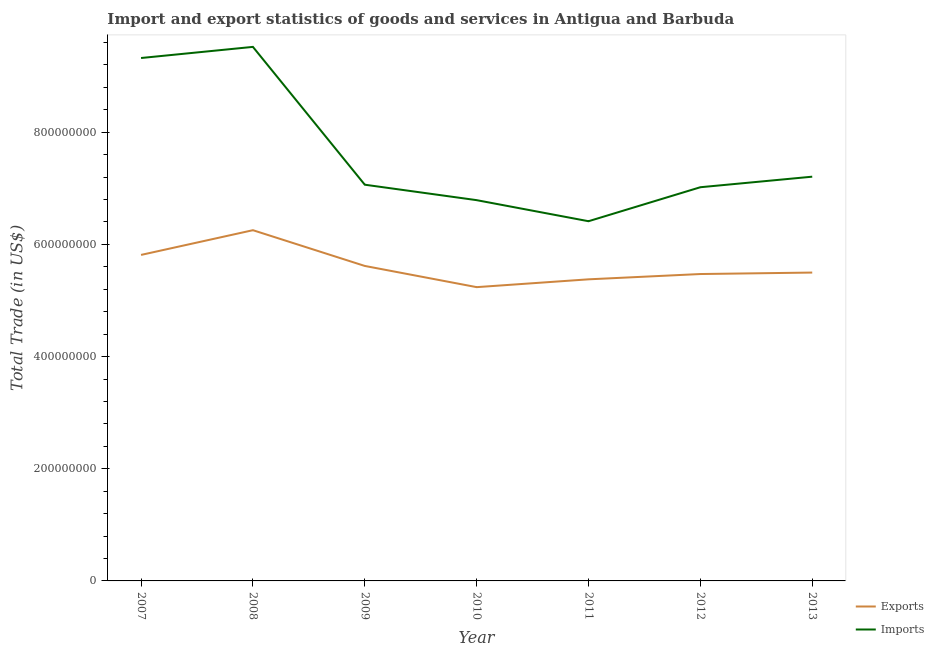
| Year | Exports | Imports |
 | --- | --- | --- |
 | 2007 | 5.81e+08 | 9.32e+08 |
 | 2008 | 6.25e+08 | 9.52e+08 |
 | 2009 | 5.62e+08 | 7.06e+08 |
 | 2010 | 5.24e+08 | 6.79e+08 |
 | 2011 | 5.38e+08 | 6.41e+08 |
 | 2012 | 5.47e+08 | 7.02e+08 |
 | 2013 | 5.5e+08 | 7.21e+08 |